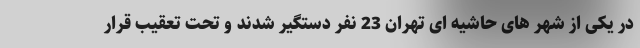
در یکی از شهر های حاشیه ای تهران 23 نفر دستگیر شدند و تحت تعقیب قرار